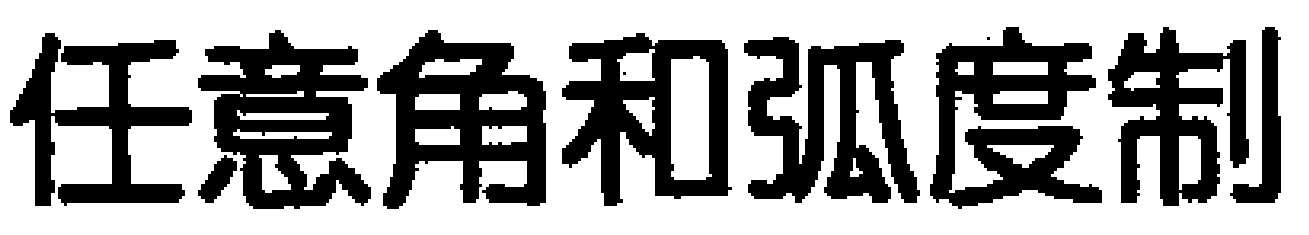
任意角和弧度制